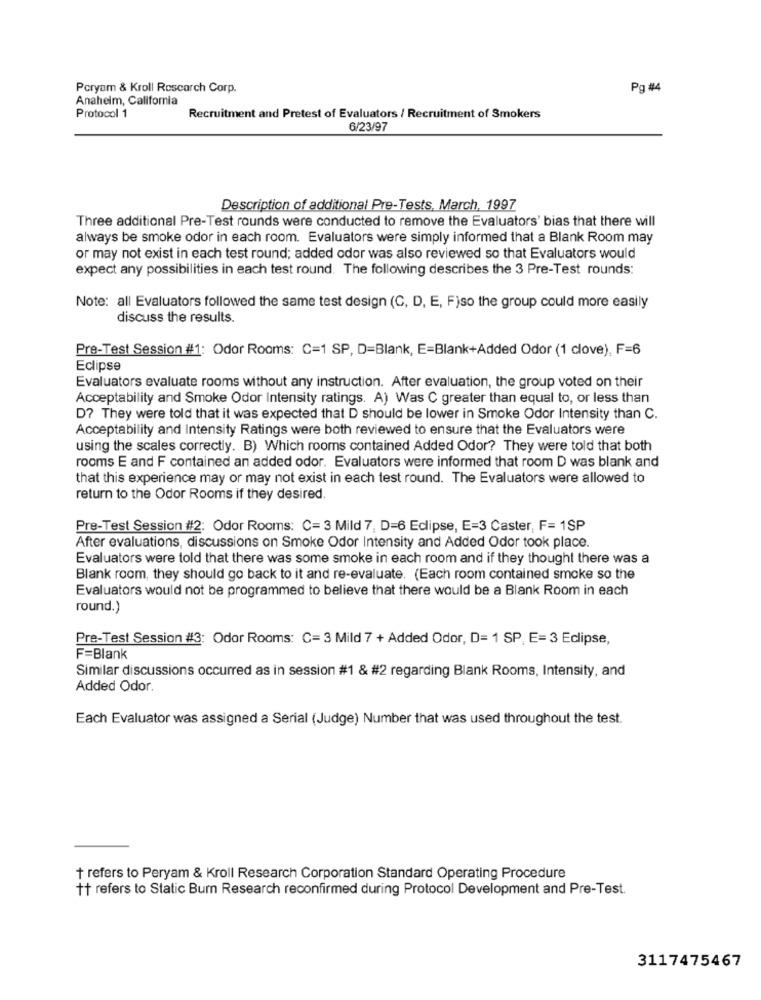
Poryam & Kroll Rescarch Corp.
Pg #4
Anaheim, California
Protocol 1
Recruitment and Pretest of Evaluators / Recruitment of Smokers
6/23/97
Description of additional Pre-Tests, March, 1997
Three additional Pre-Test rounds were conducted to remove the Evaluators' bias that there will
always be smoke odor in each room. Evaluators were simply informed that a Blank Room may
or may not exist in each test round; added odor was also reviewed so that Evaluators would
expect any possibilities in each test round. The following describes the 3 Pre-Test rounds:
Note: all Evaluators followed the same test design (C, D, E, F)so the group could more easily
discuss the results.
Pre-Test Session #1: Odor Rooms: C=1 SP, D=Blank, E=Blank+Added Odor (1 clove), F=6
Eclipse
Evaluators evaluate rooms without any instruction. After evaluation, the group voted on their
Acceptability and Smoke Odor Intensity ratings. A) Was C greater than equal to, or less than
D? They were told that it was expected that D should be lower in Smoke Odor Intensity than C.
Acceptability and Intensity Ratings were both reviewed to ensure that the Evaluators were
using the scales correctly. B) Which rooms contained Added Odor? They were told that both
rooms E and F contained an added odor. Evaluators were informed that room D was blank and
that this experience may or may not exist in each test round. The Evaluators were allowed to
return to the Odor Rooms if they desired.
Pre-Test Session #2: Odor Rooms: C= 3 Mild 7, D=6 Eclipse, E=3 Caster, F= 1SP
After evaluations, discussions on Smoke Odor Intensity and Added Odor took place.
Evaluators were told that there was some smoke in each room and if they thought there was a
Blank room, they should go back to it and re-evaluate. (Each room contained smoke so the
Evaluators would not be programmed to believe that there would be a Blank Room in each
round.)
Pre-Test Session #3: Odor Rooms: C= 3 Mild 7 + Added Odor, D= 1 SP, E= 3 Eclipse,
F=Blank
Similar discussions occurred as in session #1 & #2 regarding Blank Rooms, Intensity, and
Added Odor.
Each Evaluator was assigned a Serial (Judge) Number that was used throughout the test.
+ refers to Peryam & Kroll Research Corporation Standard Operating Procedure
t+ refers to Static Bum Research reconfirmed during Protocol Development and Pre-Test.
3117475467